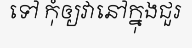
ទៅ កុំឲ្យវានៅក្នុងជួរ